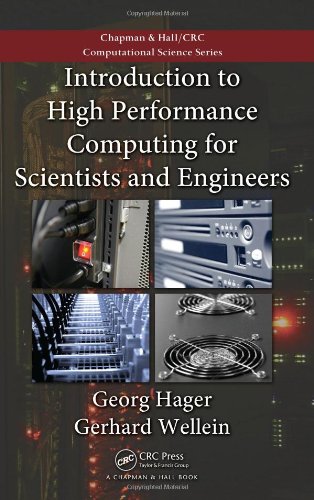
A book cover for Introduction to High Performance Computing for Scientists and Engineers (Chapman & Hall/CRC Computational Science); Georg Hager; Computers & Technology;